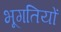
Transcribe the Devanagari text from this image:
भूगतियों